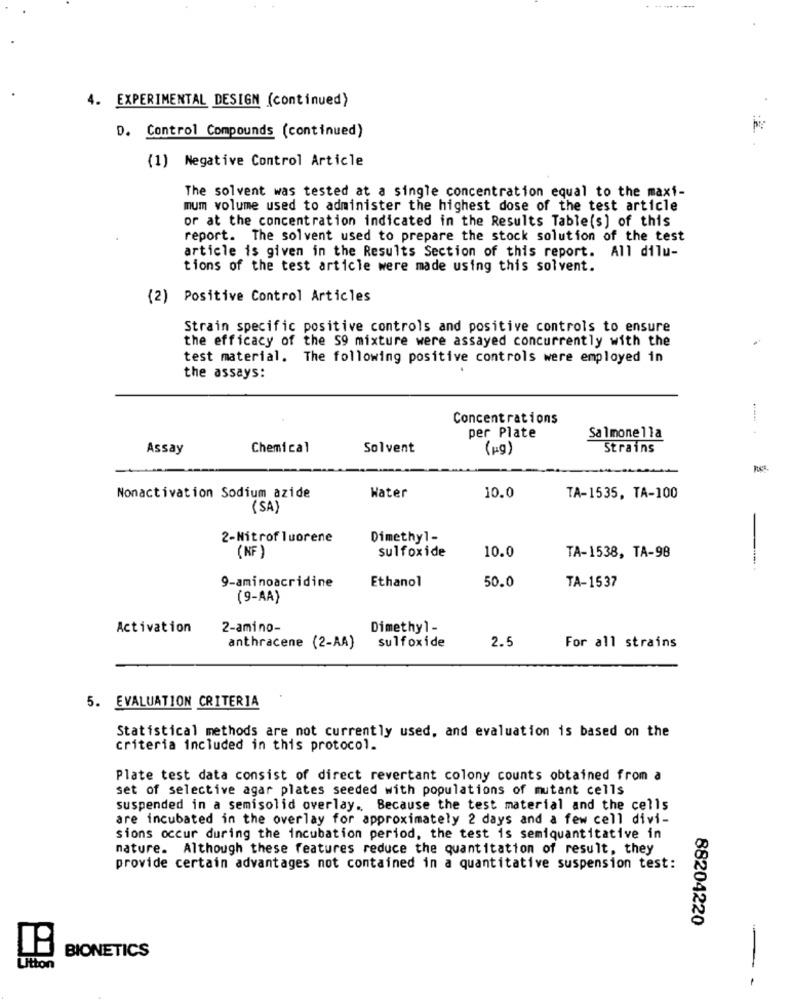
4. EXPERIMENTAL DESIGN (continued>
D. Control Compounds (continued)
(1) Negative Control Article
The solvent was tested at a single concentration equal to the maxi-
mum volume used to administer the highest dose of the test article
or at the concentration indicated in the Results Table(s) of this
report. The solvent used to prepare the stock solution of the test
article is given in the Results Section of this report. All dilu-
tions of the test article were made using this solvent.
(2) Positive Control Articles
Strain specific positive controls and positive controls to ensure
the efficacy of the S9 mixture were assayed concurrently with the
test material. The following positive controls were employed in
the assays:
Concentrations
per Plate
Salmonella
Assay
Chemical
Solvent
(pg)
Strains
Nonactivation Sodium azide
Water
10.0
TA-1535, TA-100
(SA)
2-Nitrofluorene
Dimethyl-
(NF)
sulfoxide
10.0
TA-1538, TA-98
9-aminoacridine
Ethanol
50.0
TA-1537
(9-AA)
Activation
2-amino-
Dimethyl -
sulfoxide
2.5
anthracene (2-AA)
For all strains
5. EVALUATION CRITERIA
Statistical methods are not currently used, and evaluation is based on the
criteria included in this protocol.
Plate test data consist of direct revertant colony counts obtained from a
set of selective agar plates seeded with populations of mutant cells
suspended in a semisolid overlay. Because the test material and the cells
are incubated in the overlay for approximately 2 days and a few cell divi-
sions occur during the incubation period, the test is semiquantitative in
nature. Although these features reduce the quantitation of result, they
provide certain advantages not contained in a quantitative suspension test:
88204220
-
BIONETICS
Utton